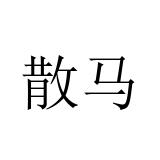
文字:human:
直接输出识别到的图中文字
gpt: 散马